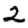
Digit: 2